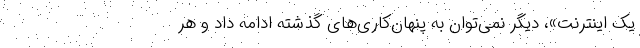
یک اینترنت»، دیگر نمی‌توان به پنهان‌کاری‌های گذشته ادامه داد و هر